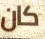
كان